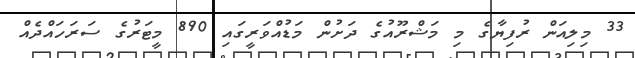
33 މިލިއަން ރުފިޔާގެ މި މަޝްރޫއުގެ ދަށުން މަޑުއްވަރީގައި 890 މީޓަރުގެ ސަރަހައްދެއް